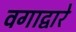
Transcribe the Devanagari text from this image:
वगाद्वारे